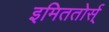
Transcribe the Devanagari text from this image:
इमिततोर्स्